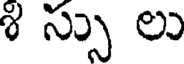
శి స్సు లు